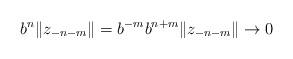
LaTeX: \begin{align*}b^n\|z_{-n-m}\|=b^{-m}b^{n+m}\|z_{-n-m}\|\to 0\end{align*}